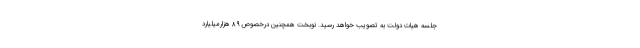
جلسه هیات دولت به تصویب خواهد رسید. نوبخت همچنین درخصوص ۸۹ هزارمیلیارد